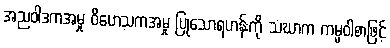
အညဝါဒကအမှု ဝိဟေသကအမှု ပြုသောရဟန်းကို သံဃာက ကမ္မဝါစာဖြင့်